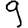
Digit: 9